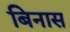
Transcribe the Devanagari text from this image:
बिनास